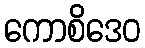
ကောစိဒေဝ